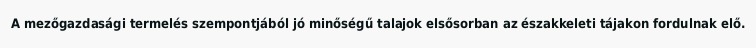
A mezőgazdasági termelés szempontjából jó minőségű talajok elsősorban az északkeleti tájakon fordulnak elő.